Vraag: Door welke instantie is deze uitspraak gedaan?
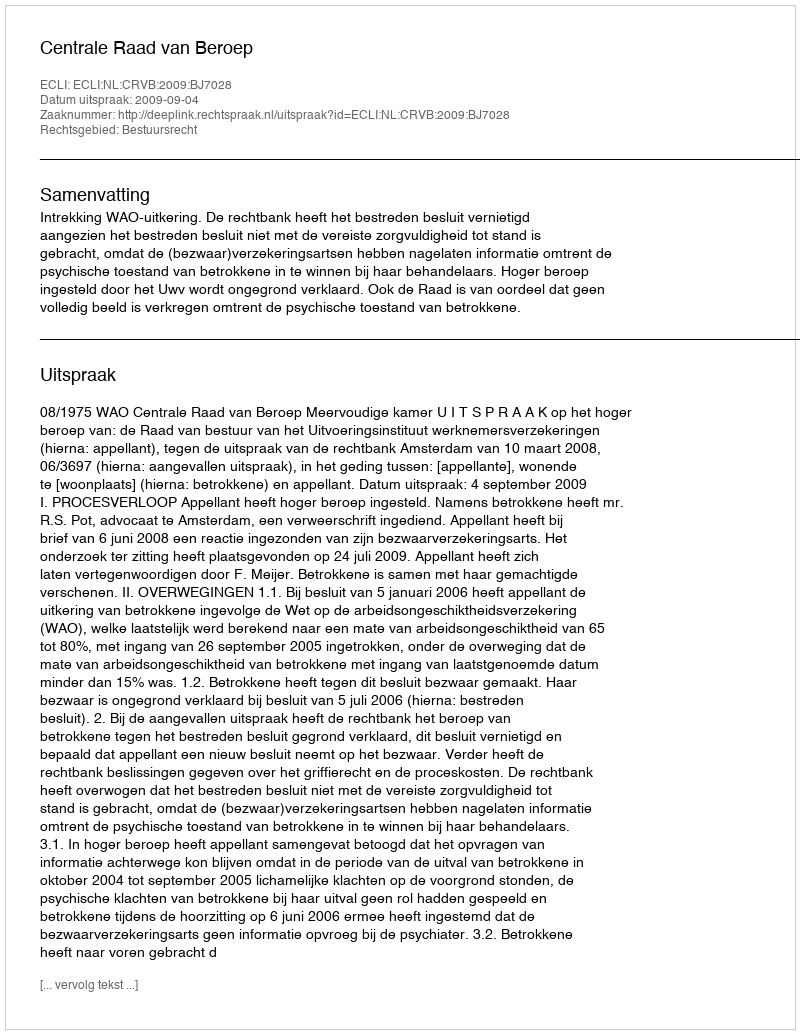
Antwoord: Centrale Raad van Beroep